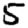
Digit: 5